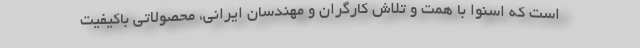
است که اسنوا با همت و تلاش کارگران و مهندسان ایرانی، محصولاتی باکیفیت